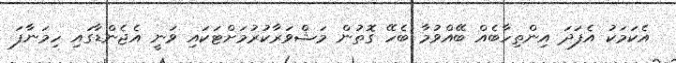
އެކަމަކު އެފަދަ އިންތިހާބެއް ބޭއްވުމާ ބެހޭ ގޮތުން މަޝްވަރާކުރުމަށްޓަކައި ވަނީ އެޖެންޑާގައި ހިމަނާފަ